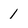
Character: 1